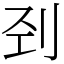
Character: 刭